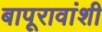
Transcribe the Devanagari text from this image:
बापूरावांशी